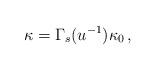
LaTeX: \begin{align*}\kappa = \Gamma_{s}(u^{-1})\kappa_{0}\, ,\end{align*}